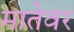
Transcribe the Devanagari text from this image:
मातेवर